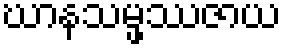
ဃာနသမ္ဖဿဇာယ